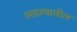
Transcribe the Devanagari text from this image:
लढायातील